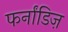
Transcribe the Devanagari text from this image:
फर्नांडिज़